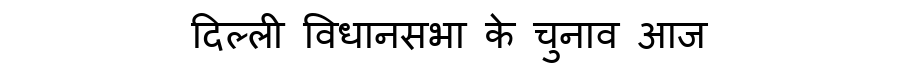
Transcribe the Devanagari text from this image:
दिल्ली विधानसभा के चुनाव आज